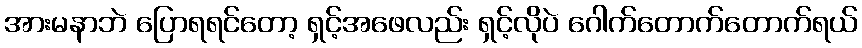
အားမနာဘဲ ပြောရရင်တော့ ရှင့်အဖေလည်း ရှင့်လိုပဲ ဂေါက်တောက်တောက်ရယ်